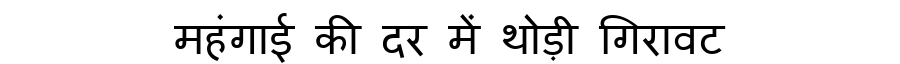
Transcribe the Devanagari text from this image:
महंगाई की दर में थोड़ी गिरावट